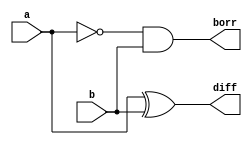
module hs(input a,b,output diff,borr);

assign diff=a^b;
assign borr=~a&b;

endmodule